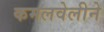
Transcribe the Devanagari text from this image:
कमलवेलीने